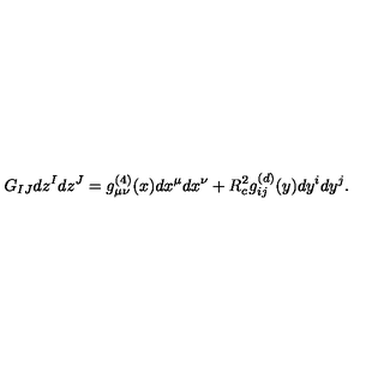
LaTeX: G _ { I J } d z ^ { I } d z ^ { J } = g _ { \mu \nu } ^ { ( 4 ) } ( x ) d x ^ { \mu } d x ^ { \nu } + R _ { c } ^ { 2 } g _ { i j } ^ { ( d ) } ( y ) d y ^ { i } d y ^ { j } .